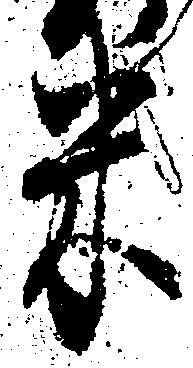
米